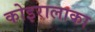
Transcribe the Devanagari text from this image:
कोइरालाका